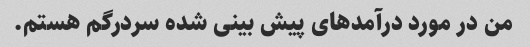
من در مورد درآمدهای پیش بینی شده سردرگم هستم.